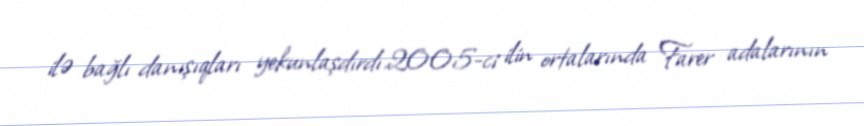
ilə bağlı danışıqları yekunlaşdırdı.2005-ci ilin ortalarında Farer adalarının